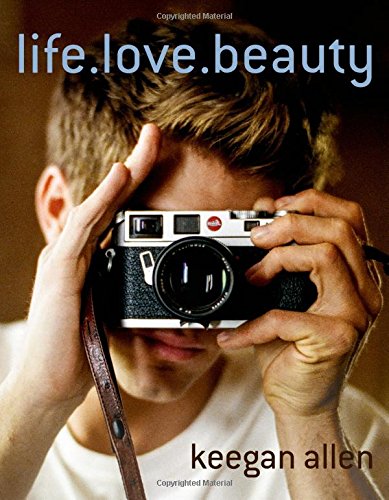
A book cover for life.love.beauty; Keegan Allen; Humor & Entertainment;